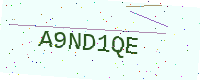
Text: A9ND1QE